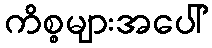
ကိစ္စများအပေါ်